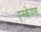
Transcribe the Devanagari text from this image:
एस्क्रेयस